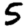
Digit: 5